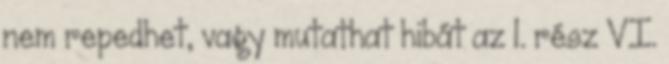
nem repedhet, vagy mutathat hibát az 1. rész VI.